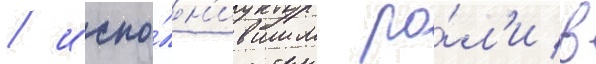
/ испо́лн'ившим ро́л'и в